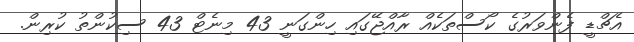
އެޗްޑީ ފެންވަރުގެ ކޯސްތަކެއް ރާއްޖޭގައި ހިންގަނީ 43 މިނެޓް 43 ސިކުންތު ކުރިން.